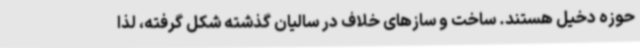
حوزه دخیل هستند. ساخت و سازهای خلاف در سالیان گذشته شکل گرفته، لذا